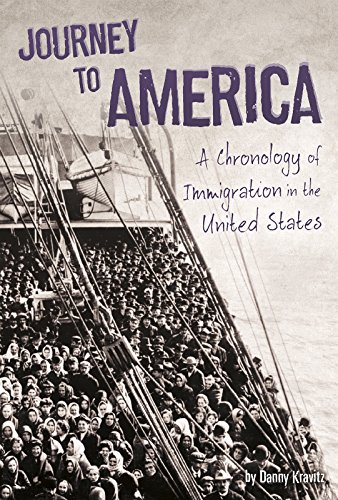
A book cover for Journey to America: A Chronology of Immigration in the 1900s (U.S. Immigration in the 1900s); Danny Kravitz; Children's Books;